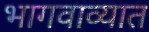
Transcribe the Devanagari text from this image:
भागवाव्यात